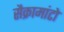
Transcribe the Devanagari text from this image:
सैक्रामांटो